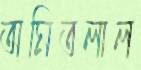
অমিতলাল